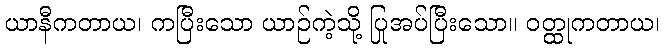
ယာနီကတာယ၊ ကပြီးသော ယာဉ်ကဲ့သို့ ပြုအပ်ပြီးသော။ ဝတ္ထုကတာယ၊